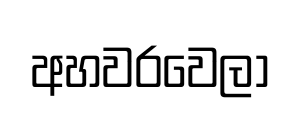
අහවරවෙලා